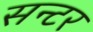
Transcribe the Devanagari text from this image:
सन्टर